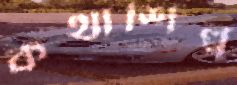
কথাশিল্প